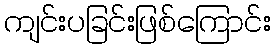
ကျင်းပခြင်းဖြစ်ကြောင်း